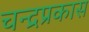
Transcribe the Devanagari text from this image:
चन्द्रप्रकास